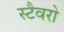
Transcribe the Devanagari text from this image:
स्टैवरो